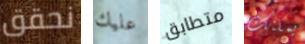
نحقق عليك متطابق يمكنك